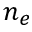
n _ { e }